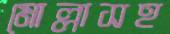
মোল্লাসহ